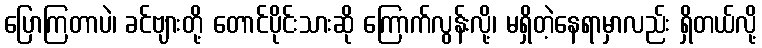
ပြောကြတာပဲ၊ ခင်ဗျားတို့ တောင်ပိုင်းသားဆို ကြောက်လွန်းလို့၊ မရှိတဲ့နေရာမှာလည်း ရှိတယ်လို့